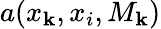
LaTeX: a(x_{\mathbf{k}},x_{i},M_{\mathbf{k}})